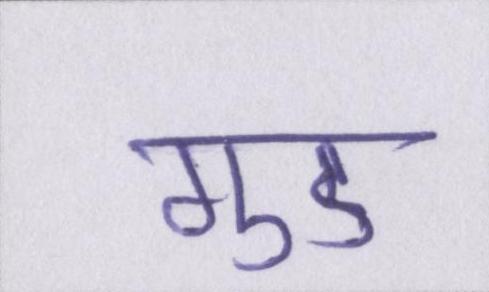
गुड